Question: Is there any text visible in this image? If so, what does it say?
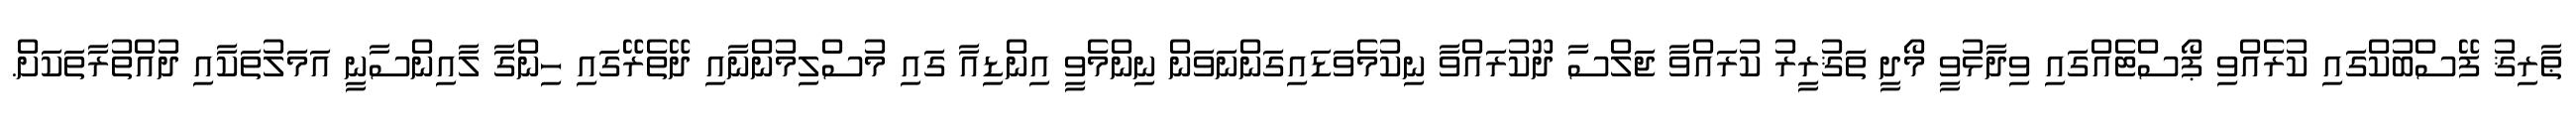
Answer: ޠާރިޤު ފޭސްބުކްގައި ކުރެއްވި ޕޯސްޓެއްގައި ވިދާޅުވީ މޯދީ ތަޤުރީރު ކުރައްވާ ޖަލްސާ ދޫކުރައްވާ ނިކުމެވަޑައިގަންނަވަން ނިންމެވީ އިންޑިއާ ގައި މުސްލިމުންނާއި ދޭތެރޭގައި ހިންގާ ލާއިންސާނީ އަމަލުތަކާއި ދުއްތުރާތަކަށް.